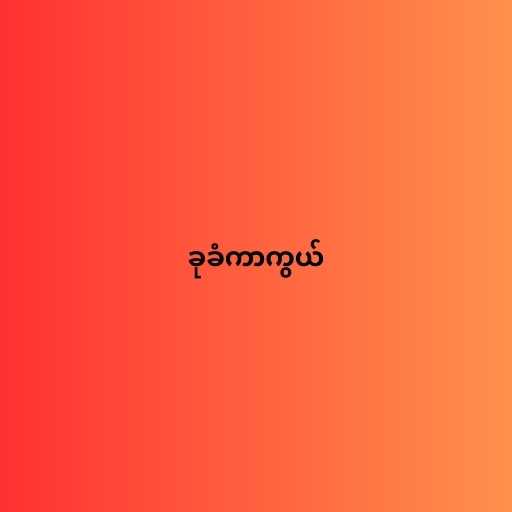
ခုခံကာကွယ်